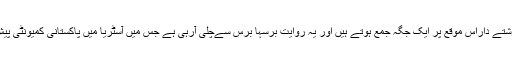
دوست،احباب اور رشتے داراس موقع پر ایک جگہ جمع ہوتے ہیں اور یہ روایت برسہا برس سےچلی آرہی ہے جس میں آسٹریا میں پاکستانی کمیونٹی پیش پیش نظر آتی ہے۔